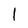
Character: l